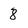
Character: 8